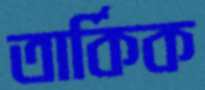
তার্কিক